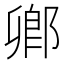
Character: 𨜊